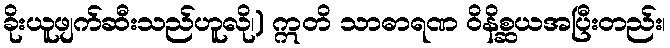
ခိုးယူဖျက်ဆီးသည်ဟူလို၊) ဣတိ သာဓာရဏ ဝိနိစ္ဆယအပြီးတည်း၊